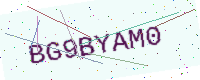
Text: BG9BYAM0